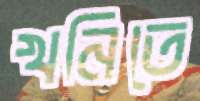
খনিতে